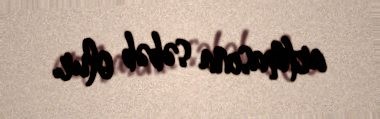
artmasına səbəb olur.